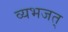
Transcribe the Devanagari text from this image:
व्यभजत्